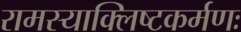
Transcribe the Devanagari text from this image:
रामस्याक्लिष्टकर्मणः